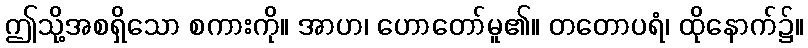
ဤသို့အစရှိသော စကားကို။ အာဟ၊ ဟောတော်မူ၏။ တတောပရံ၊ ထိုနောက်၌။